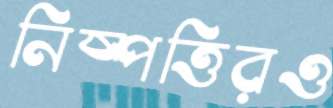
নিষ্পত্তিরও